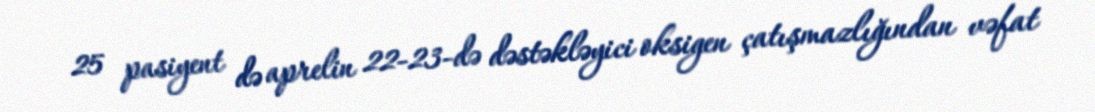
25 pasiyent də aprelin 22-23-də dəstəkləyici oksigen çatışmazlığından vəfat